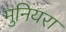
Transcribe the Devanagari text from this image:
मुनियरा